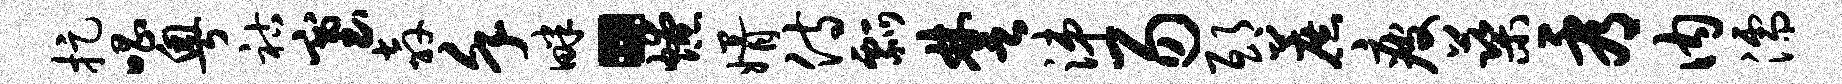
捉唱粤祜塞奔堇畔。燎婿侍瓢楚涕易邸蔗疲蕖看内濡